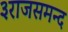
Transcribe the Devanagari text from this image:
३राजसमन्द